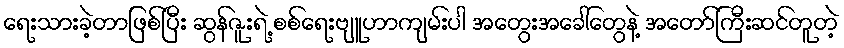
ရေးသားခဲ့တာဖြစ်ပြီး ဆွန်ဇူးရဲ့ စစ်ရေးဗျူဟာကျမ်းပါ အတွေးအခေါ်တွေနဲ့ အတော်ကြီးဆင်တူတဲ့